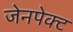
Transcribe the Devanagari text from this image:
जेनपेक्ट